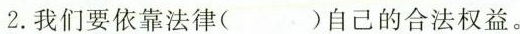
2.我们要依靠法律()自己的合法权益。